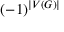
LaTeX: ( - 1 ) ^ { | V ( G ) | }